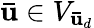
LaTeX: \mathbf{\bar{u}}\in V_{\mathbf{\bar{u}}_{d}}